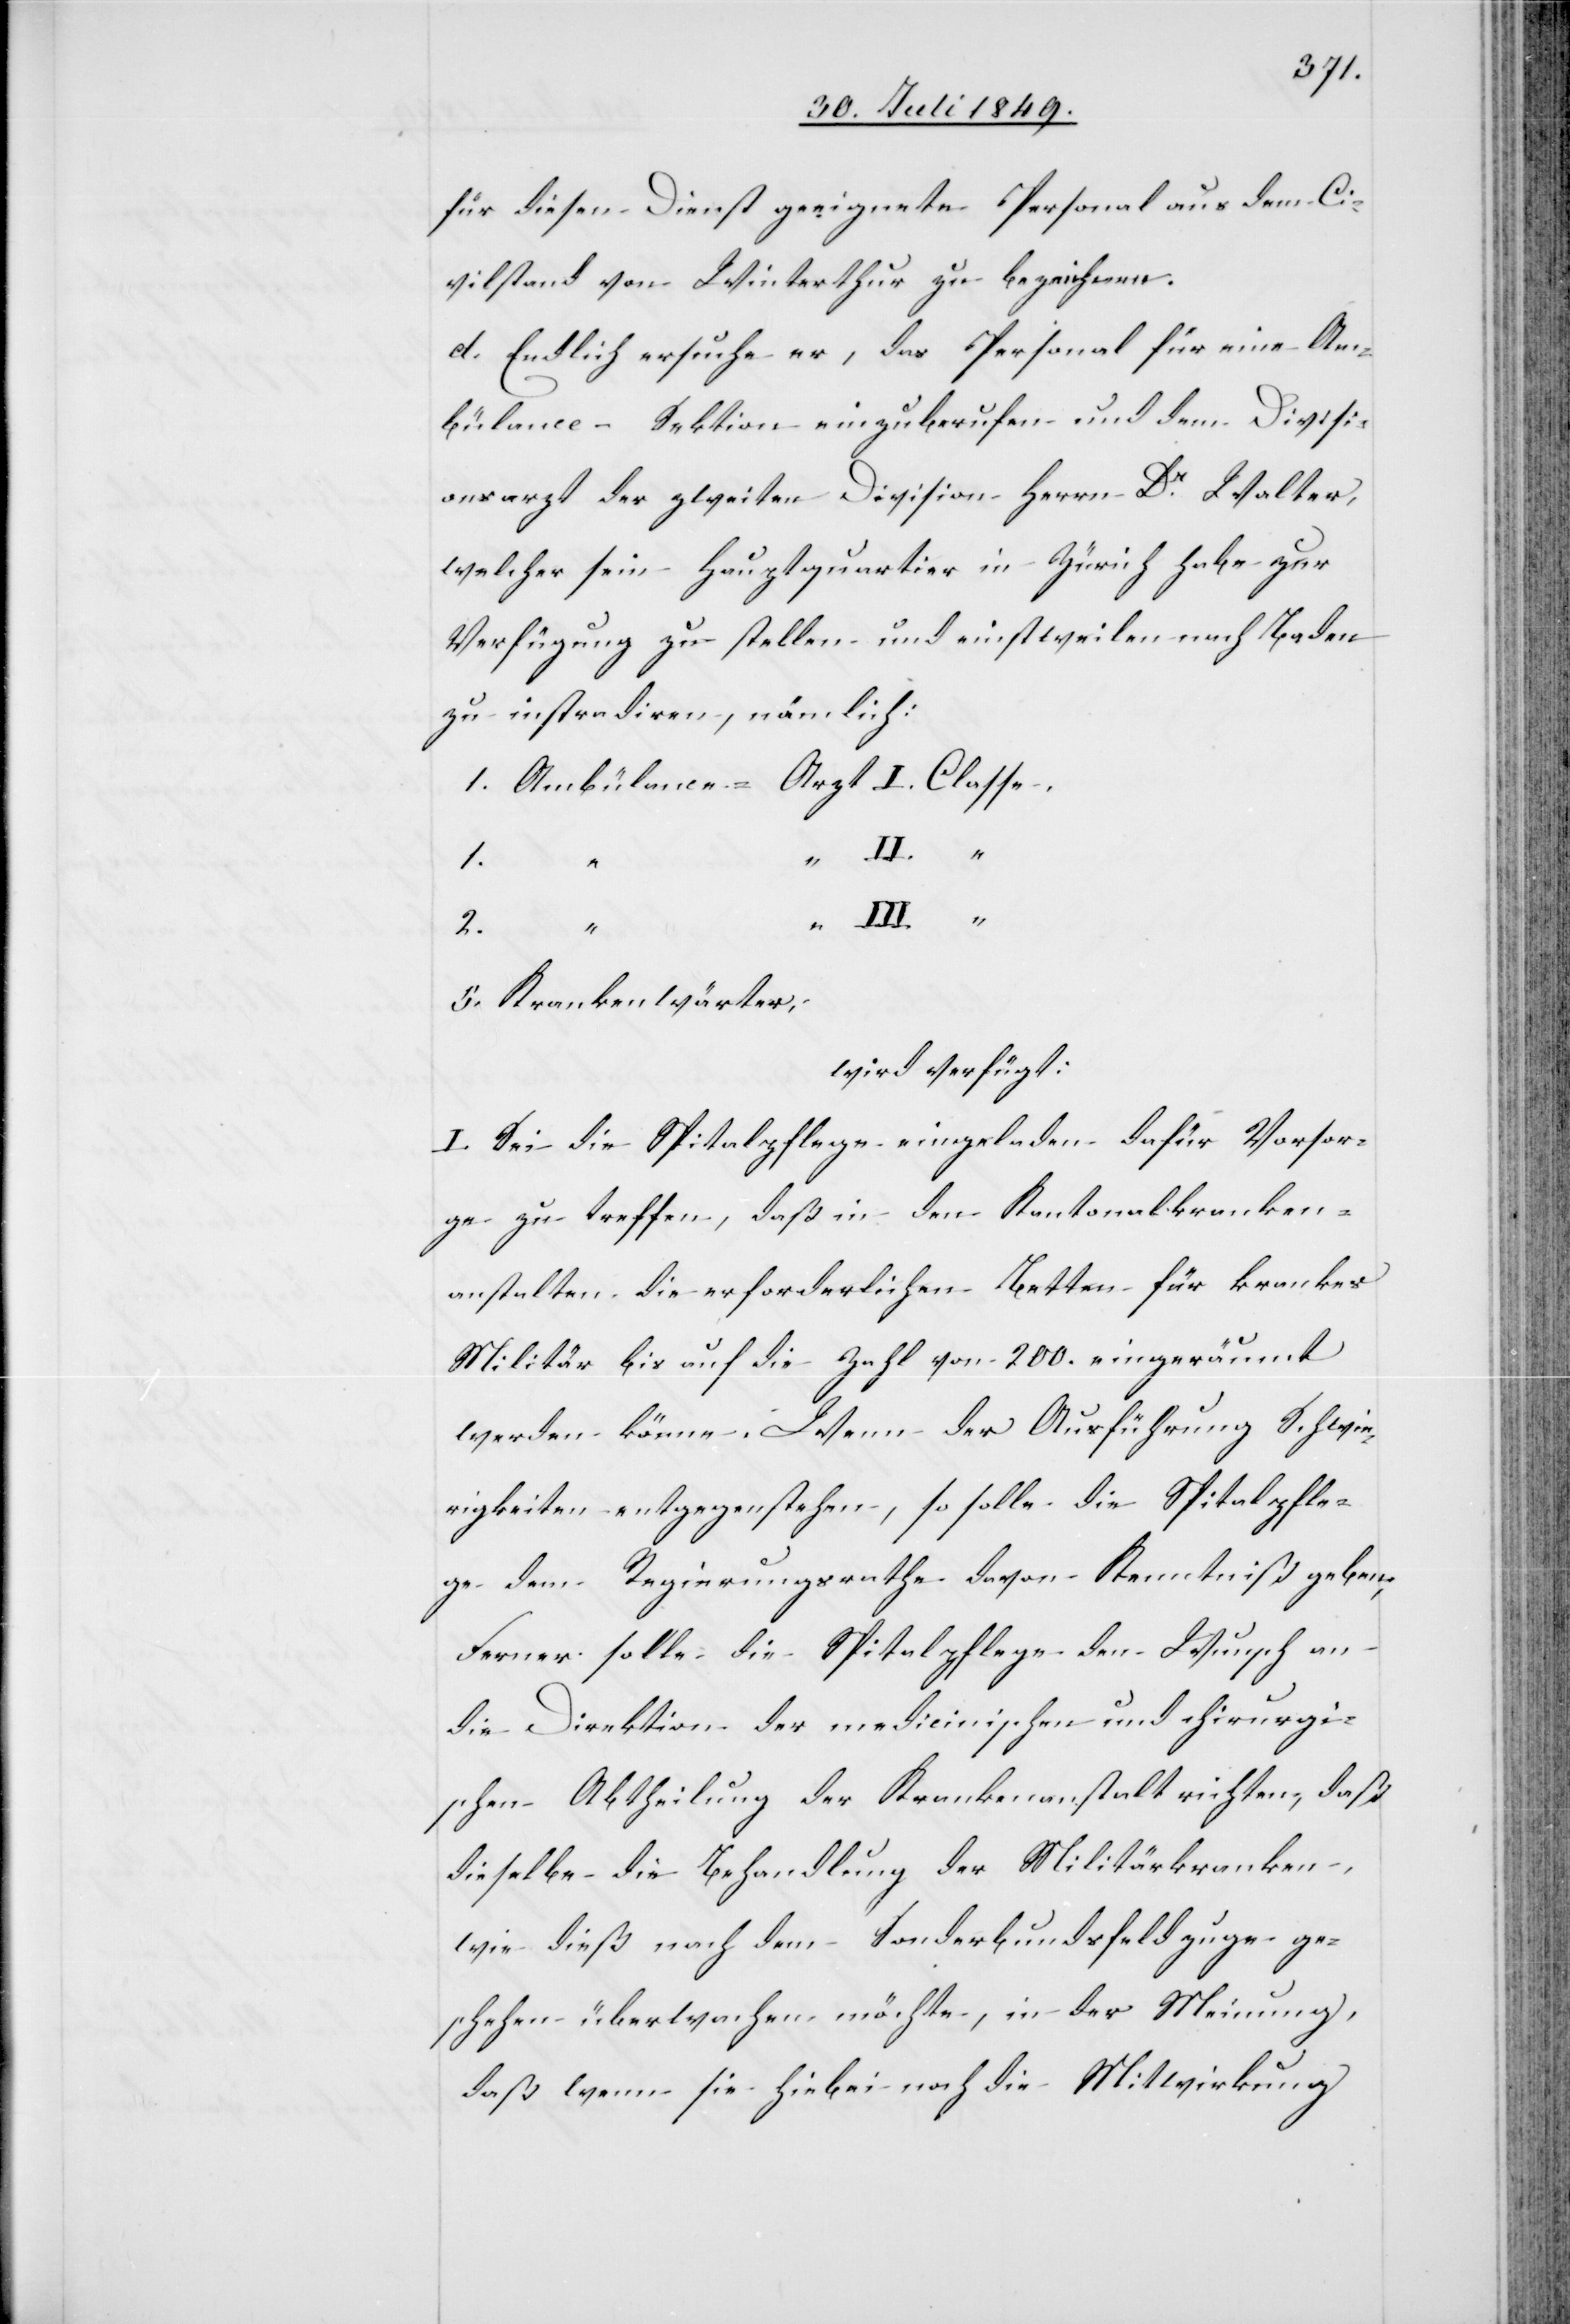
für diesen Dienst geeignete Personal aus dem Ci¬
vilstand von Winterthur zu bezeichnen.
d. Endlich ersuche er, das Personal für eine Am¬
bülance-Sektion einzuberufen und dem Divisi¬
onsarzt der zweiten Division Herrn Dr Walter,
welcher sein Hauptquartier in Zürich habe zur
Verfügung zu stellen und einstweilen nach Baden
zu instradiren, nämlich:
1. Ambülance-Arzt	I. Classe.
2.
5. Krankenwärter,
wird verfügt:
I. Sei die Spitalpflege eingeladen dafür Vorsor¬
ge zu treffen, daß in den Kantonalkranken¬
anstalten die erforderlichen Betten für krankes
Militär bis auf die Zahl von 200. eingeräumt
werden könne. Wenn der Ausführung Schwie¬
rigkeiten entgegenstehen, so solle die Spitalpfle¬
ge dem Regierungsrathe davon Kenntniß geben.
Ferner solle die Spitalpflege den Wunsch an
die Direktion der medicinischen und chirurgi¬
schen Abtheilung der Krankenanstalt richten, daß
dieselbe die Behandlung der Militärkranken,
wie dieß nach dem Sonderbundsfeldzuge ge¬
schehen – überwachen möchte, in der Meinung,
daß wenn sie hiebei noch die Mitwirkung